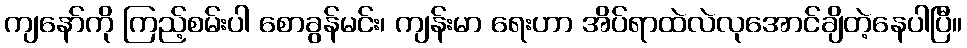
ကျနော်ကို ကြည့်စမ်းပါ စောခွန်မင်း၊ ကျန်းမာ ရေးဟာ အိပ်ရာထဲလဲလုအောင်ချိတဲ့နေပါပြီ။